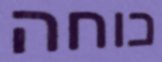
כוחה